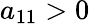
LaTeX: a_{11}>0